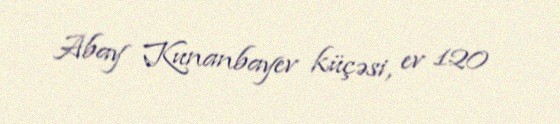
Abay Kunanbayev küçəsi, ev 120